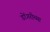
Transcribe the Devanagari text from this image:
डोंगरीच्या